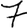
Digit: 7